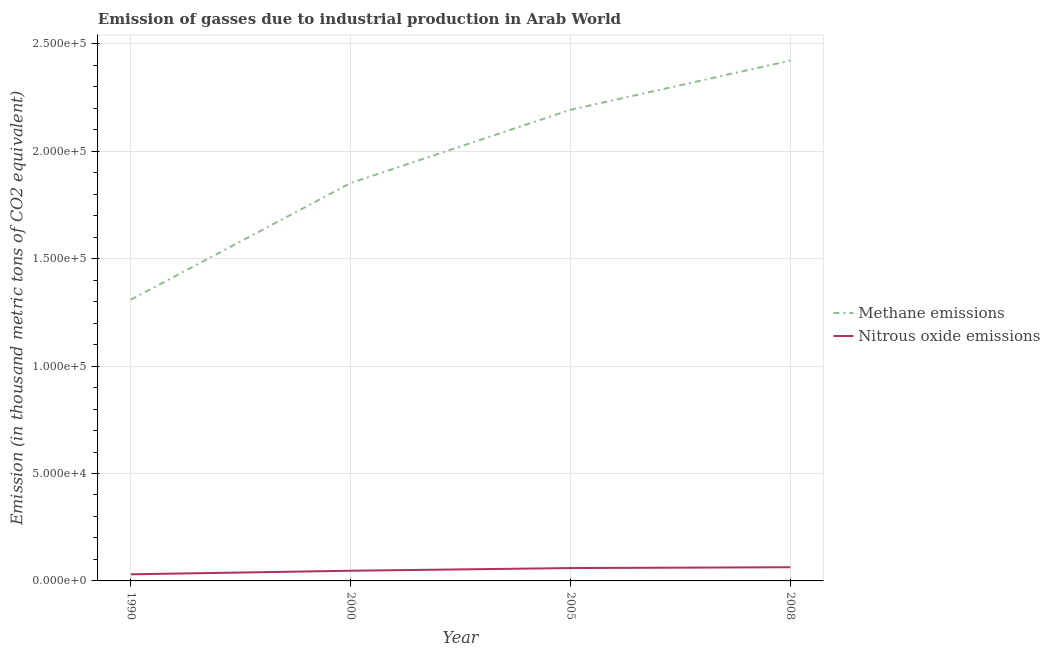
| Year | Methane emissions | Nitrous oxide emissions |
 | --- | --- | --- |
 | 1990 | 1.31e+05 | 3.08e+03 |
 | 2000 | 1.85e+05 | 4.75e+03 |
 | 2005 | 2.19e+05 | 5.99e+03 |
 | 2008 | 2.42e+05 | 6.37e+03 |